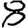
Digit: 8